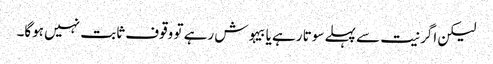
لیکن اگر نیت سے پہلے سوتا رہے یا بیہوش رہے تو وقوف ثابت نہیں ہوگا۔